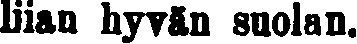
liian hyvän suolan.